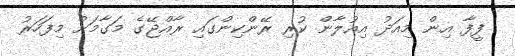
ފީފާ އިން މިއަދު އިއުލާން ކުރި ރޭންކިންގައި ރާއްޖޭގެ މަގާމަށް މިފަހަރު